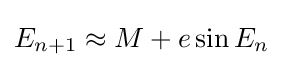
E_{n+1}\approx M+e\sin {E_{n}}